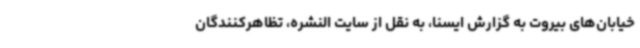
خیابان‌های بیروت به گزارش ایسنا، به نقل از سایت النشره، تظاهرکنندگان